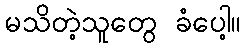
မသိတဲ့သူတွေ ခံပေါ့။